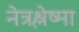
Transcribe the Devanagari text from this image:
नेत्रश्लेष्मा